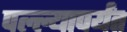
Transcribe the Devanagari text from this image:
पल्ल्यापर्यंत